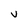
Character: V